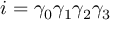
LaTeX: i = \gamma _ { 0 } \gamma _ { 1 } \gamma _ { 2 } \gamma _ { 3 }